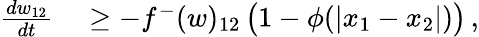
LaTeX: \begin{array}{rl}{\frac{dw_{12}}{dt}}&{{}\geq-f^{-}(w)_{12}\, \big(1-\phi(|x_{1}-x_{2}|)\big)\, ,}\end{array}